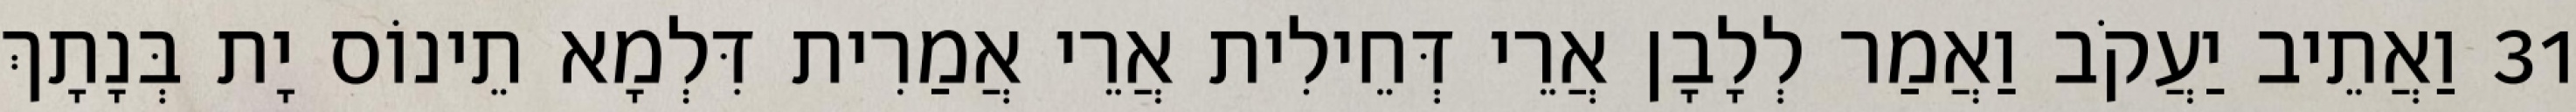
31 וַאֲתֵיב יַעֲקֹב וַאֲמַר לְלָבָן אֲרֵי דְּחֵילִית אֲרֵי אֲמַרִית דִּלְמָא תֵינוֹס יָת בְּנָתָךְ